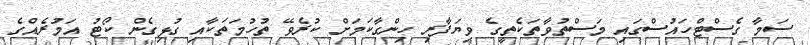
ސަމާ ގެސްޓްހައުސްގައި މަސްތުވާތަކެތީގެ ވިޔަފާރި ހިންގާކަމަށް ކުރެވޭ ތުހުމަތަކާއި ގުޅިގެން ކޯޓު އަމުރެއްގެ